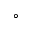
^ \circ